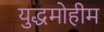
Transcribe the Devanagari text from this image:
युद्धमोहीम